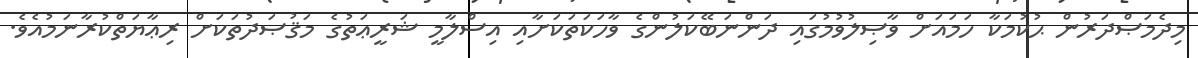
މިދެމަޞްދަރުން ޙުކުމަކާ ހަމައަށް ވާޞިލުވުމުގައި ދަންނަބޭކަލުންގެ ވާހަކަތަކަށާއި އިސްލާމީ ޝަރީޢަތުގެ މަޤުޞަދުތަކަށް ރިޢާޔަތްކުރާނަމުއެވެ.